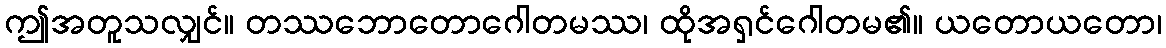
ဤအတူသလျှင်။ တဿဘောတောဂေါတမဿ၊ ထိုအရှင်ဂေါတမ၏။ ယတောယတော၊